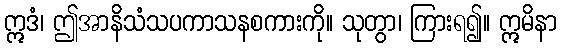
ဣဒံ၊ ဤအာနိသံသပကာသနစကားကို။ သုတွာ၊ ကြားရ၍။ ဣမိနာ